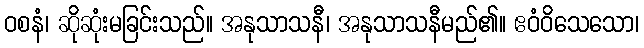
ဝစနံ၊ ဆိုဆုံးမခြင်းသည်။ အနုသာသနီ၊ အနုသာသနီမည်၏။ ဧဝံဝိသေသော၊